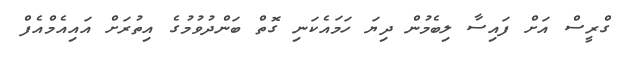
ގްރީސް އަށް ފައިސާ ލިބެމުން ދިޔަ ހަމައެކަނި ގޮތް ބަންދުވުމުގެ އިތުރަށް އައިއެމްއެފް